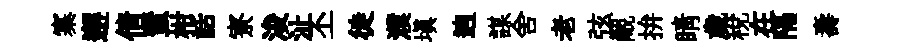
寨邂倩蜚柑話寮浚沚丕徙濮填逈謀舍老弦覼拚睛歳稅在隔壽